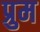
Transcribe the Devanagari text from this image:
प्रुम